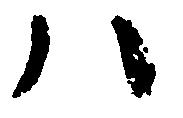
ハ